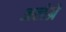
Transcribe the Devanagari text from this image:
अलेग्रे